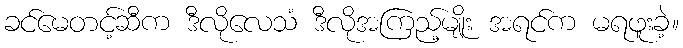
ခင်မေတင့်ဆီက ဒီလိုလေသံ ဒီလိုအကြည့်မျိုး အရင်က မရဖူးခဲ့။